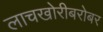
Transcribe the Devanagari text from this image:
लाचखोरीबरोबर